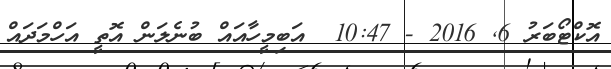
އޮކްޓޯބަރު 6